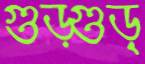
গুড়্‌গুড়্‌